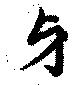
牙